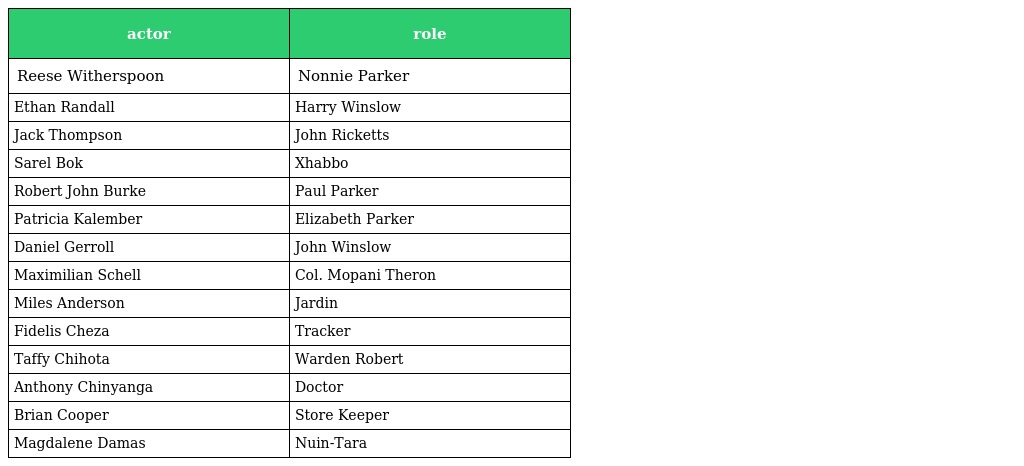
| actor | role |
 | --- | --- |
 | Reese Witherspoon | Nonnie Parker |
 | Ethan Randall | Harry Winslow |
 | Jack Thompson | John Ricketts |
 | Sarel Bok | Xhabbo |
 | Robert John Burke | Paul Parker |
 | Patricia Kalember | Elizabeth Parker |
 | Daniel Gerroll | John Winslow |
 | Maximilian Schell | Col. Mopani Theron |
 | Miles Anderson | Jardin |
 | Fidelis Cheza | Tracker |
 | Taffy Chihota | Warden Robert |
 | Anthony Chinyanga | Doctor |
 | Brian Cooper | Store Keeper |
 | Magdalene Damas | Nuin-Tara |